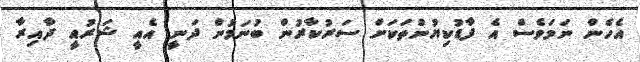
އެހެން ނަމަވެސް އެ ފާޑުކިޔުންތަކަށް ސަރުކާރުން ބުނަމުން ދަނީ އެއީ ޝަރުއީ ދާއިރާ